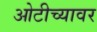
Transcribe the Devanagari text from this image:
ओटीच्यावर